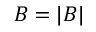
B = | \boldsymbol { B } |